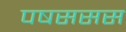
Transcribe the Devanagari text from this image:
पषससस